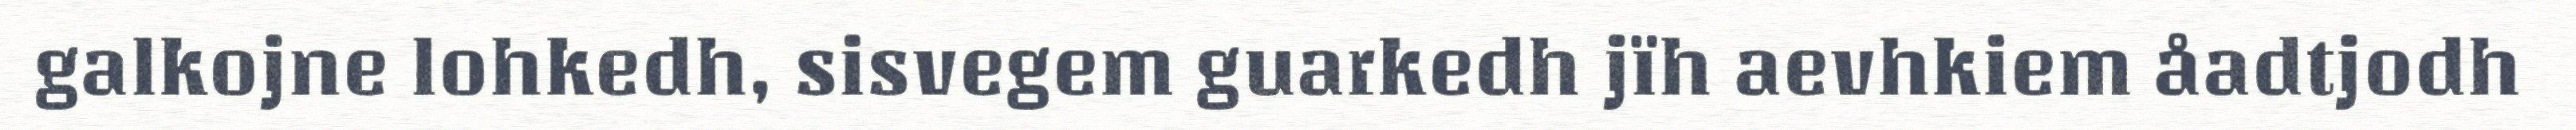
galkojne lohkedh, sisvegem guarkedh jïh aevhkiem åadtjodh